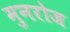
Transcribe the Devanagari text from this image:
मुनरोज